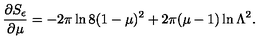
\frac { \partial S _ { \epsilon } } { \partial \mu } = - 2 \pi \ln 8 ( 1 - \mu ) ^ { 2 } + 2 \pi ( \mu - 1 ) \ln \Lambda ^ { 2 } .